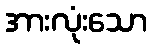
အားလုံးသော